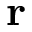
\textbf { r }